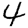
Digit: 4